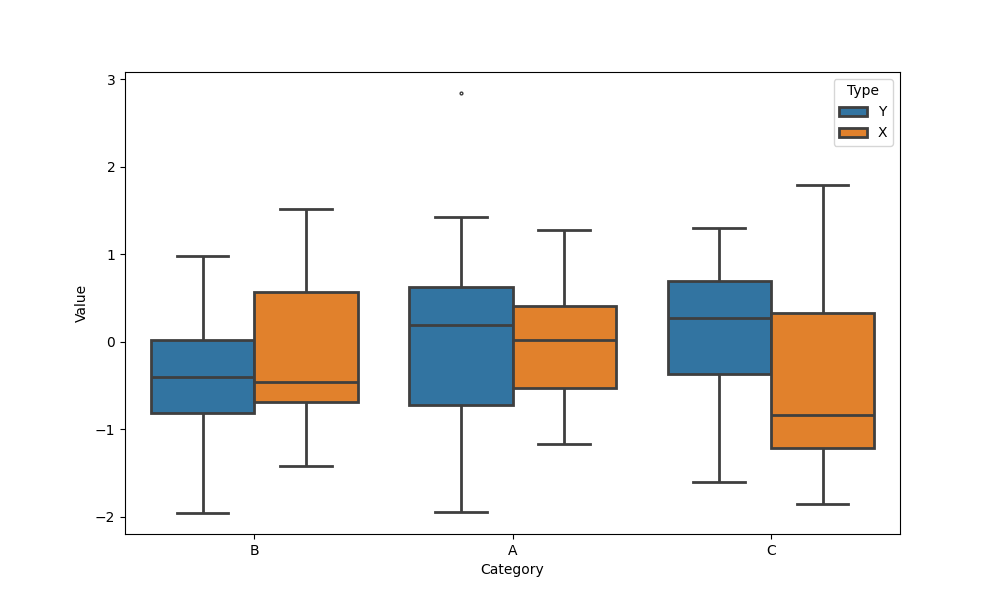
python, seaborn, boxplot, width=0.8, linewidth=2, fliersize=2, notch=False